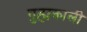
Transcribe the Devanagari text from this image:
गुह्मकाली